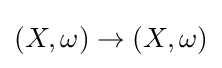
(X,\omega )\to (X,\omega )